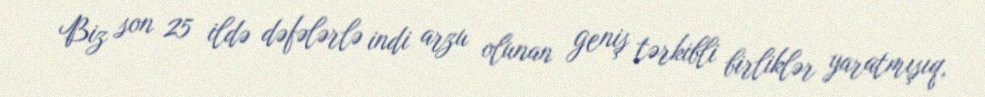
Biz son 25 ildə dəfələrlə indi arzu olunan geniş tərkibli birliklər yaratmışıq,